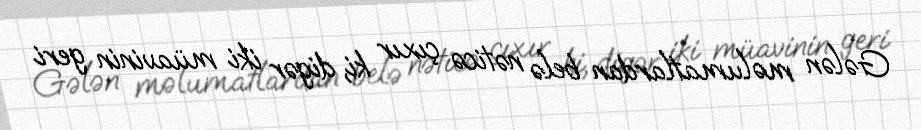
Gələn məlumatlardan belə nəticə çıxır ki, digər iki müavinin geri